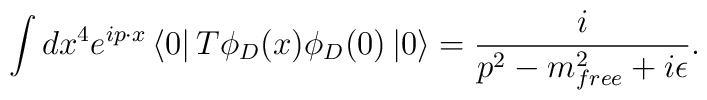
\int dx^{4}e^{ip\cdot x}\left< 0\right| T\phi _{D}(x)\phi _{D}(0)\left| 0\right> =\frac{i}{p^{2}-m_{free}^{2}+i\epsilon }.